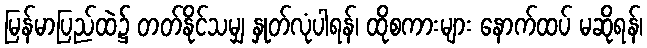
မြန်မာပြည်ထဲ၌ တတ်နိုင်သမျှ နှုတ်လုံပါရန်၊ ထိုစကားများ နောက်ထပ် မဆိုရန်၊